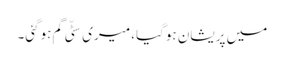
میں پریشان ہوگیا، میری سٹّی گم ہوگئی۔